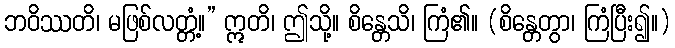
ဘဝိဿတိ၊ မဖြစ်လတ္တံ့။” ဣတိ၊ ဤသို့။ စိန္တေသိ၊ ကြံ၏။ (စိန္တေတွာ၊ ကြံပြီး၍။)